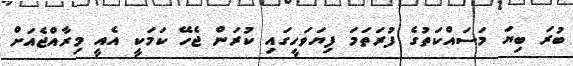
ބުރަ ބިޔަ މަސައްކަތުގެ ފުރަތަމަ ފިޔަވަހީގައި ކުރަން ޖެހޭ ކަމަކީ އެއީ މިރާއްޖެއަށް